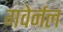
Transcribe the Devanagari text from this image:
गवेर्नल